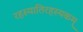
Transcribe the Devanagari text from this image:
रहस्यातिरहस्यकम्